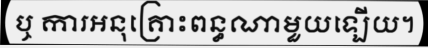
ឬ ការអនុគ្រោះពន្ធណាមួយឡើយ។